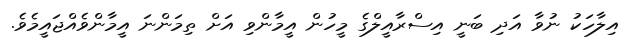
އިލާހަކު ނުވާ އަދި ބަނީ އިސްރާއީލްގެ މީހުން އީމާންވި އަށް ތިމަންނަ އީމާންވެއްޖައީމެވެ.